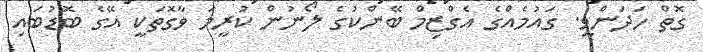
ގޮތް ހަދަންވީ. ގައުމެއްގެ އެގްޒިމް ބޭންކުގެ ލޯނުން ކުރީމަ ވާގޮތަކީ އޭގެ ބޮޑުބައި